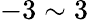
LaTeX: -3\sim 3